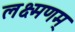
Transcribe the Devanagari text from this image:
लक्ष्मणम्